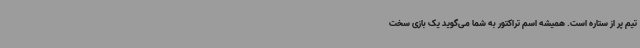
تیم پر از ستاره است. همیشه اسم تراکتور به شما می‌گوید یک بازی سخت